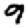
Digit: 9